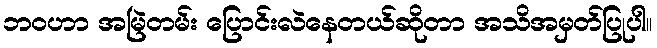
ဘဝဟာ အမြဲတမ်း ပြောင်းလဲနေတယ်ဆိုတာ အသိအမှတ်ပြုပါ။